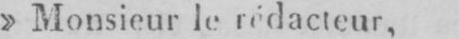
» Monsieur le rédacteur,